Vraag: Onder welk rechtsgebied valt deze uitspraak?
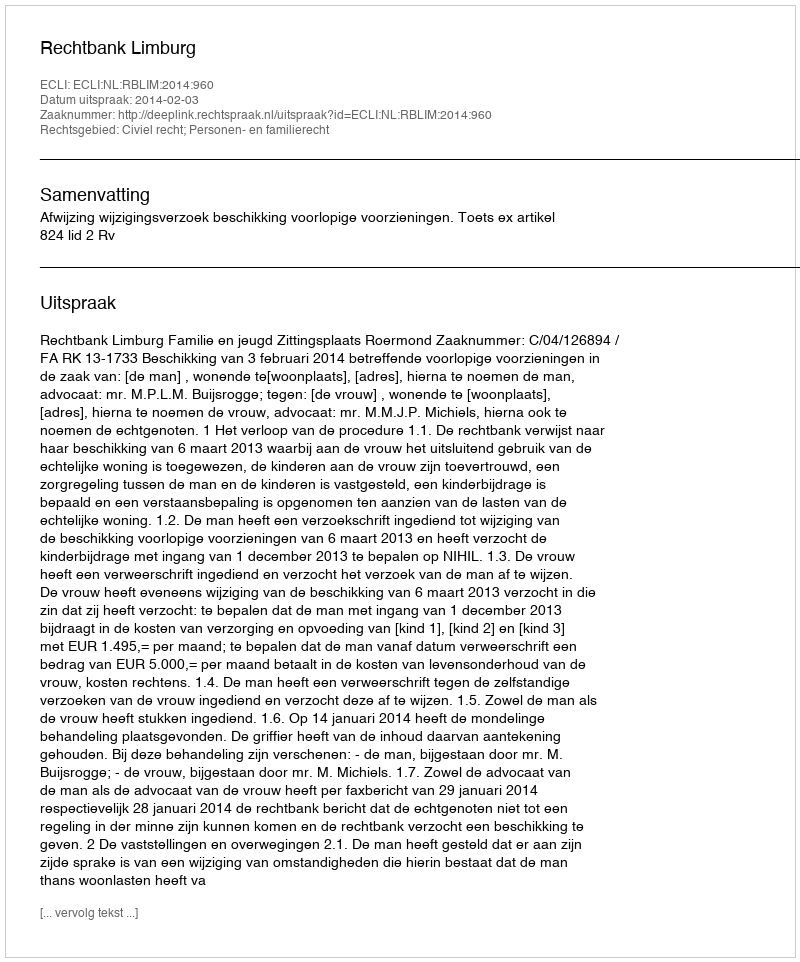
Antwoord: Civiel recht; Personen- en familierecht